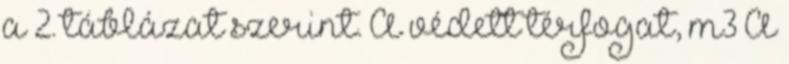
a 2. táblázat szerint. A védett térfogat, m3 A